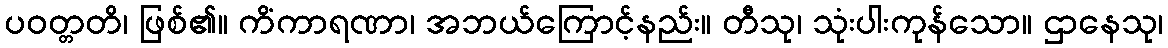
ပဝတ္တတိ၊ ဖြစ်၏။ ကိံကာရဏာ၊ အဘယ်ကြောင့်နည်း။ တီသု၊ သုံးပါးကုန်သော။ ဌာနေသု၊